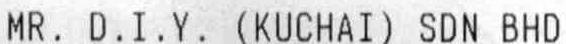
MR. D.I.Y. (KUCHAI) SDN BHD